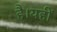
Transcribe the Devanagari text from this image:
है।यहीं